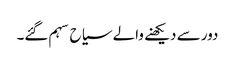
دور سے دیکھنے والے سیاح سہم گئے۔